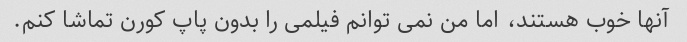
آنها خوب هستند، اما من نمی توانم فیلمی را بدون پاپ کورن تماشا کنم.